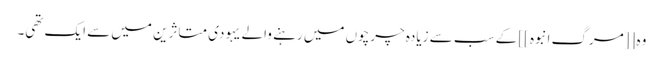
وہ [[مرگ انبوہ]] کے سب سے زیادہ چرچوں میں رہنے والے یہودی متاثرین میں سے ایک تھی۔